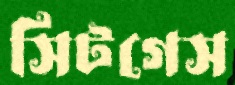
সিটগেস